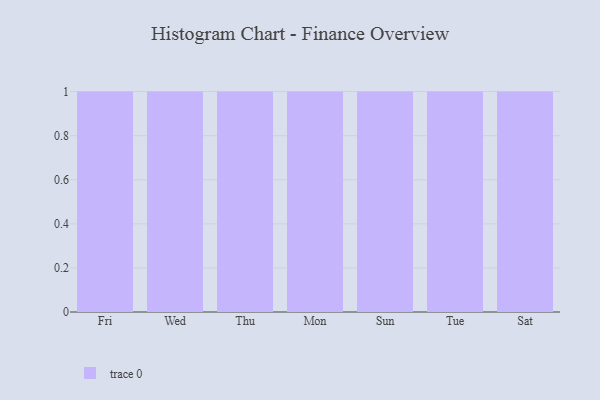
{"axis": {"x": "Day", "y": "Population (Million)"}, "legend": [""], "data": [{"x": "Fri", "y": 84, "type": ""}, {"x": "Wed", "y": 6, "type": ""}, {"x": "Thu", "y": 84, "type": ""}, {"x": "Mon", "y": 53, "type": ""}, {"x": "Sun", "y": 95, "type": ""}, {"x": "Tue", "y": 55, "type": ""}, {"x": "Sat", "y": 14, "type": ""}]}